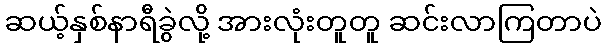
ဆယ့်နှစ်နာရီခွဲလို့ အားလုံးတူတူ ဆင်းလာကြတာပဲ